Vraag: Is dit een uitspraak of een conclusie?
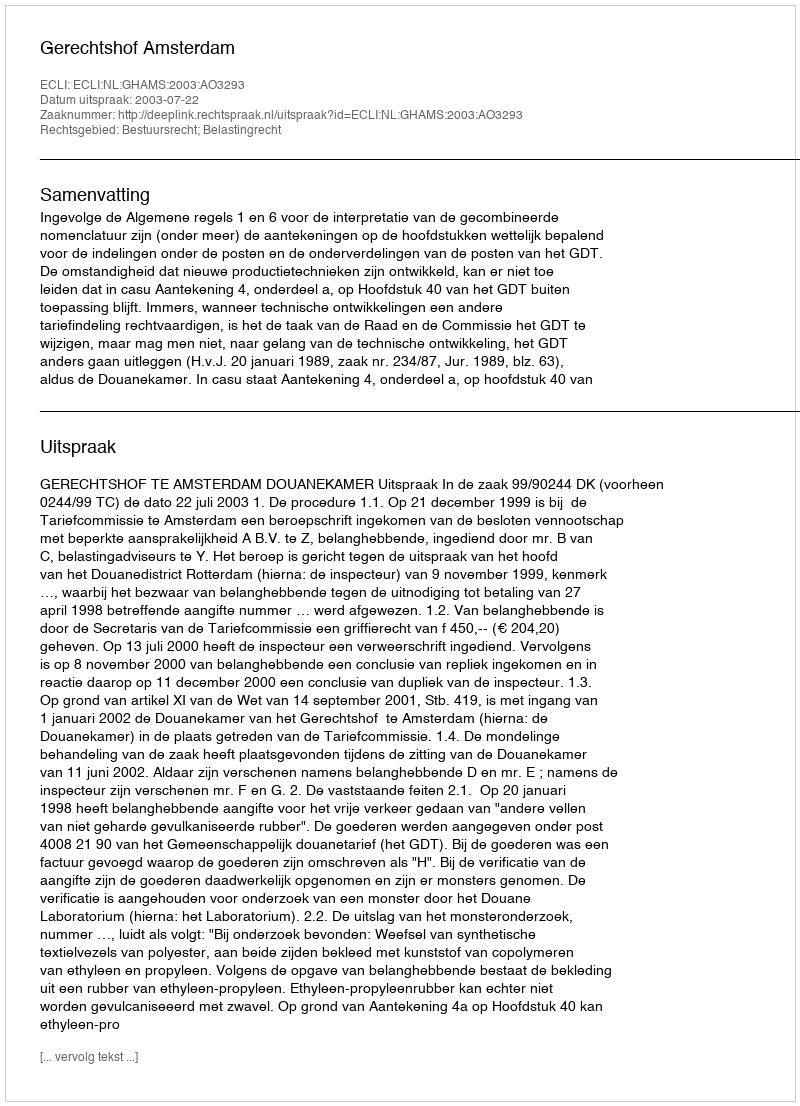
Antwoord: Uitspraak